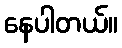
နေပါတယ်။